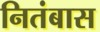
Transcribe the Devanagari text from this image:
नितंबास